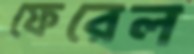
ফেরেল